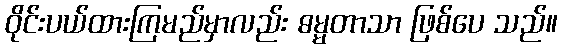
ဝိုင်းပယ်ထားကြမည်မှာလည်း ဓမ္မတာသာ ဖြစ်ပေ သည်။